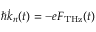
\hbar \dot { k } _ { n } ( t ) = - e F _ { \mathrm { T H z } } ( t )